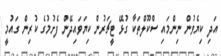
އަދި ކިޔެވުން ނިންމައި ސްކޫލްތަކާ ގުޅޭ ޓީޗަރުން ކިޔަވައިދޭން ފެށުމުގެ ކުރިން ގައުމީ